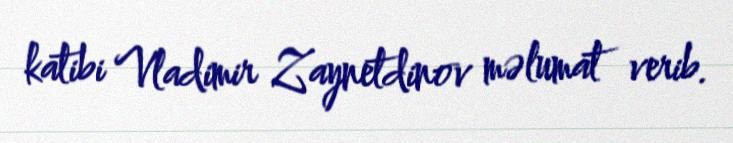
katibi Vladimir Zaynetdinov məlumat verib.